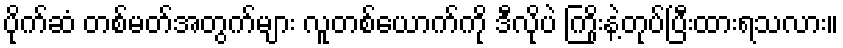
ပိုက်ဆံ တစ်မတ်အတွက်များ လူတစ်ယောက်ကို ဒီလိုပဲ ကြိုးနဲ့တုပ်ပြီးထားရသလား။